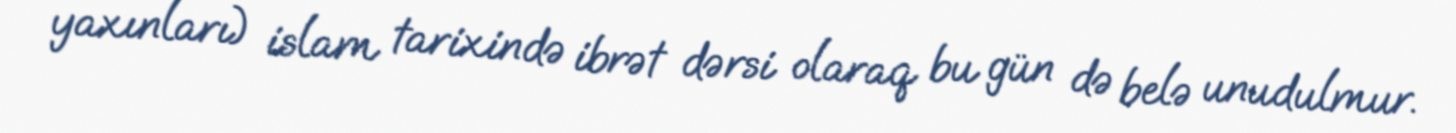
yaxınları) islam tarixində ibrət dərsi olaraq bu gün də belə unudulmur.